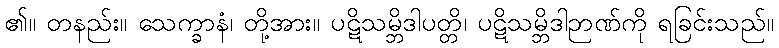
၏။ တနည်း။ သေက္ခာနံ၊ တို့အား။ ပဋိသမ္ဘိဒါပတ္တိ၊ ပဋိသမ္ဘိဒါဉာဏ်ကို ရခြင်းသည်။